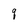
Character: q